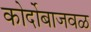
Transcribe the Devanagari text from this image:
कोर्दोबाजवळ